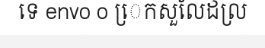
ទេ envo o េ្រកសួលែដល្រ